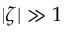
| \zeta | \gg 1